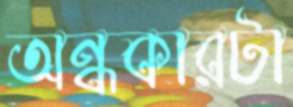
অন্ধকারটা